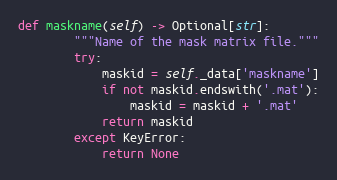
Language: Python
def maskname(self) -> Optional[str]:
        """Name of the mask matrix file."""
        try:
            maskid = self._data['maskname']
            if not maskid.endswith('.mat'):
                maskid = maskid + '.mat'
            return maskid
        except KeyError:
            return None